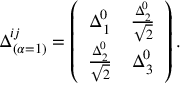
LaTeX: \Delta _ { ( \alpha = 1 ) } ^ { i j } = \left( \begin{array} { c c } { { \Delta _ { 1 } ^ { 0 } } } & { { \frac { \Delta _ { 2 } ^ { 0 } } { \sqrt { 2 } } } } \\ { { \frac { \Delta _ { 2 } ^ { 0 } } { \sqrt { 2 } } } } & { { \Delta _ { 3 } ^ { 0 } } } \end{array} \right) .